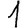
Digit: 1